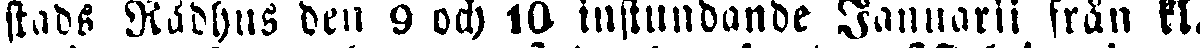
stads Rådhus den 9 och 10 instundande Januarii från kl.